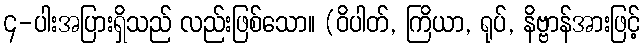
၄-ပါးအပြားရှိသည် လည်းဖြစ်သော။ (ဝိပါတ်, ကြိယာ, ရုပ်, နိဗ္ဗာန်အားဖြင့်